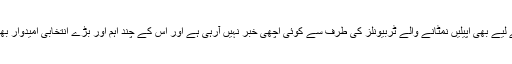
ادھر سابقہ حکمران جماعت پاکستان پیپلز پارٹی کے لیے بھی اپیلیں نمٹانے والے ٹربیونلز کی طرف سے کوئی اچھی خبر نہیں آرہی ہے اور اس کے چند اہم اور بڑے انتخابی امیدوار بھی انتخابات میں حصہ لینے سے محروم ہوگئے ہیں۔